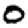
Digit: 0